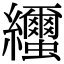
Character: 𦇼